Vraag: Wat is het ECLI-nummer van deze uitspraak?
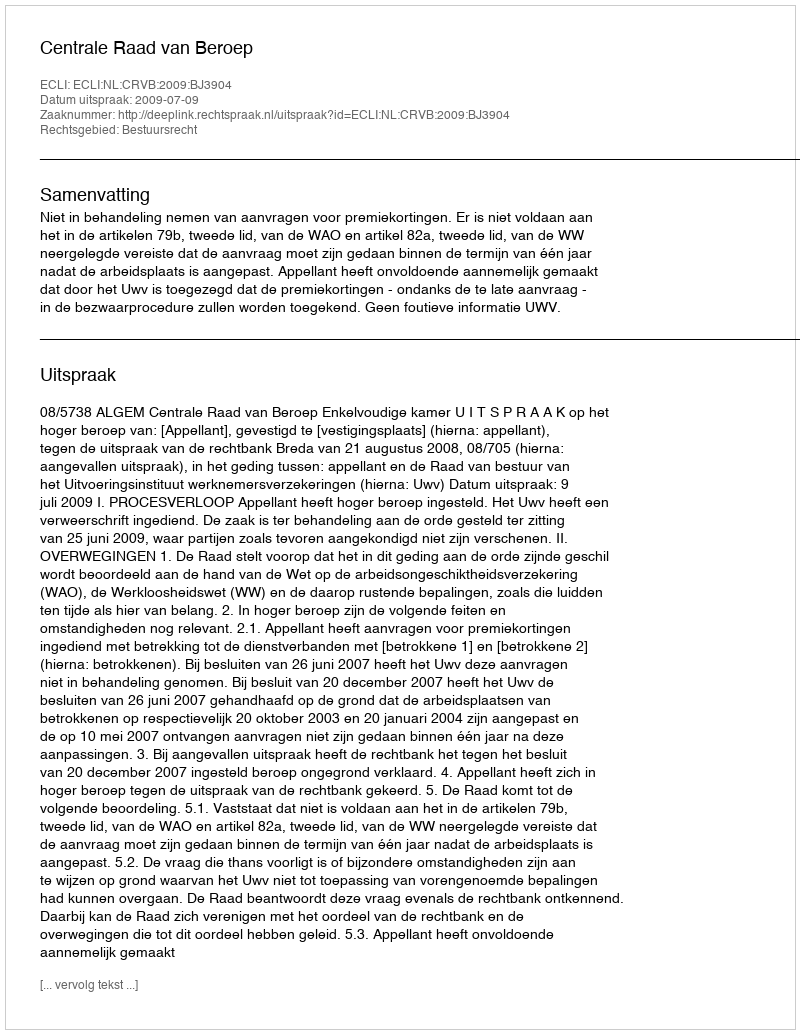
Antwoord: ECLI:NL:CRVB:2009:BJ3904